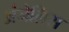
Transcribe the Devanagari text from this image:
अंजेलिस